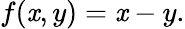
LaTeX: f(\mathit{x},y)=\mathit{x}-y.